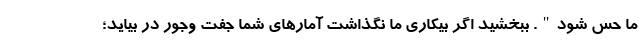
ما حس شود". ببخشید اگر بیکاری ما نگذاشت آمارهای شما جفت وجور در بیاید؛